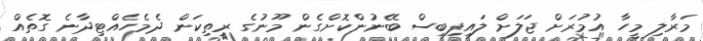
މަރާލި މީހާ އުމުރަށް ޖަލަށް ލައިފިބިސް ބޭނުންކޮށްގެން މޫނުގެ ރީތިކަން ދެމެހެއްޓިދާނެ ގޮތެއް